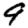
Digit: 9